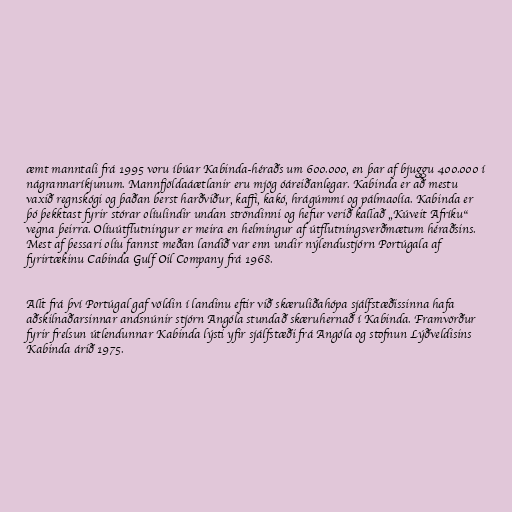
æmt manntali frá 1995 voru íbúar Kabinda-héraðs um 600.000, en þar af bjuggu 400.000 í
nágrannaríkjunum. Mannfjöldaáætlanir eru mjög óáreiðanlegar. Kabinda er að mestu
vaxið regnskógi og þaðan berst harðviður, kaffi, kakó, hrágúmmí og pálmaolía. Kabinda er
þó þekktast fyrir stórar olíulindir undan ströndinni og hefur verið kallað „Kúveit Afríku“
vegna þeirra. Olíuútflutningur er meira en helmingur af útflutningsverðmætum héraðsins.
Mest af þessari olíu fannst meðan landið var enn undir nýlendustjórn Portúgala af
fyrirtækinu Cabinda Gulf Oil Company frá 1968.

Allt frá því Portúgal gaf völdin í landinu eftir við skæruliðahópa sjálfstæðissinna hafa
aðskilnaðarsinnar andsnúnir stjórn Angóla stundað skæruhernað í Kabinda. Framvörður
fyrir frelsun útlendunnar Kabinda lýsti yfir sjálfstæði frá Angóla og stofnun Lýðveldisins
Kabinda árið 1975.